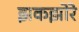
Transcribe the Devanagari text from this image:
झकझोरे